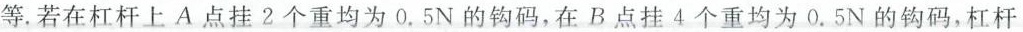
等。若在杠杆上A点挂2个重均为0.5N的钩码，在B点挂4个重均为0.5N的钩码，杠杆